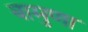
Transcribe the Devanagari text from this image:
बामुणा